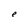
Character: e